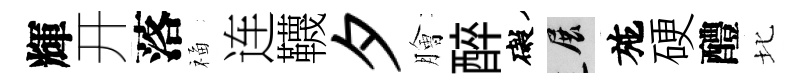
輝开落福连韈夕膾醉礙展施硬醴北